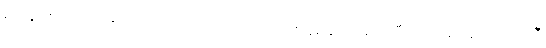
စာအုပ်စာတမ်း ၁၅၀၀ လောက်အကြောင်းကို အနှစ်ချုပ် ရေးပြပြီး ပညာရှင်နဲ့ သုတေသီ